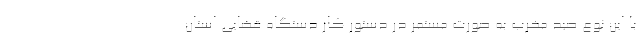
با این نوع صید مخرب به صورت مستمر در دستور کار دستگاه قضایی استان